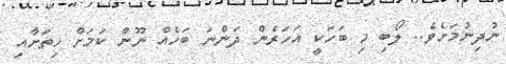
ނުދިނުމަށެވެ.. ލޯބި މި ބަހަކީ އަހަރެން ދަންނަ ބަހެއް ނޫން ކަމަށް ހިތަށާއި